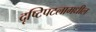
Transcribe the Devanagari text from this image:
दृष्टिपटलामधील